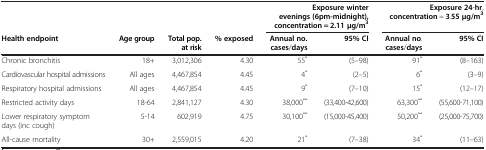
<table><thead><tr><td><b> </b></td><td><b> </b></td><td><b> </b></td><td><b> </b></td><td colspan="2"><b>Exposure winter evenings (6pm-midnight), concentration = 2.11 μg/m<sup>3</sup></b></td><td colspan="2"><b>Exposure 24-hr, concentration = 3.55 μg/m<sup>3</sup></b></td></tr><tr><td><b>Health endpoint</b></td><td><b>Age group</b></td><td><b>Total pop. at risk</b></td><td><b>% exposed</b></td><td><b>Annual no. cases/days</b></td><td><b>95% CI</b></td><td><b>Annual no. cases/days</b></td><td><b>95% CI</b></td></tr></thead><tbody><tr><td>Chronic bronchitis</td><td>18+</td><td>3,012,306</td><td>4.30</td><td>55<sup>*</sup></td><td>(5–98)</td><td>91<sup>*</sup></td><td>(8–163)</td></tr><tr><td>Cardiovascular hospital admissions</td><td>All ages</td><td>4,467,854</td><td>4.45</td><td>4<sup>*</sup></td><td>(2–5)</td><td>6<sup>*</sup></td><td>(3–9)</td></tr><tr><td>Respiratory hospital admissions</td><td>All ages</td><td>4,467,854</td><td>4.45</td><td>9<sup>*</sup></td><td>(7–10)</td><td>15<sup>*</sup></td><td>(12–17)</td></tr><tr><td>Restricted activity days</td><td>18-64</td><td>2,841,127</td><td>4.30</td><td>38,000<sup>**</sup></td><td>(33,400-42,600)</td><td>63,300<sup>**</sup></td><td>(55,600-71,100)</td></tr><tr><td>Lower respiratory symptom days (inc cough)</td><td>5-14</td><td>602,919</td><td>4.75</td><td>30,100<sup>**</sup></td><td>(15,000-45,400)</td><td>50,200<sup>**</sup></td><td>(25,000-75,700)</td></tr><tr><td>All-cause mortality</td><td>30+</td><td>2,559,015</td><td>4.20</td><td>21<sup>*</sup></td><td>(7–38)</td><td>34<sup>*</sup></td><td>(11–63)</td></tr></tbody></table>